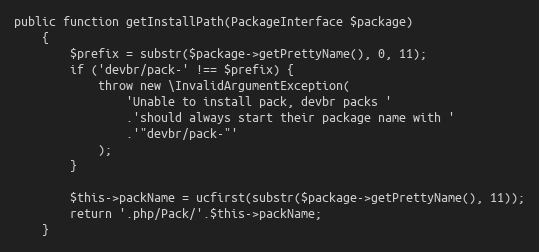
Language: PHP
public function getInstallPath(PackageInterface $package)
    {
        $prefix = substr($package->getPrettyName(), 0, 11);
        if ('devbr/pack-' !== $prefix) {
            throw new \InvalidArgumentException(
                'Unable to install pack, devbr packs '
                .'should always start their package name with '
                .'"devbr/pack-"'
            );
        }

        $this->packName = ucfirst(substr($package->getPrettyName(), 11));
        return '.php/Pack/'.$this->packName;
    }